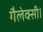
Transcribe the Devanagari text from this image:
गैलेक्सी।